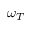
\omega _ { T }